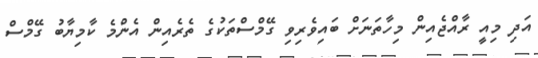
އަދި މިއީ ރާއްޖެއިން މިހާތަނަށް ބައިވެރިވި ގޭމްސްތަކުގެ ތެރެއިން އެންމެ ކާމިޔާބު ގޭމްސް